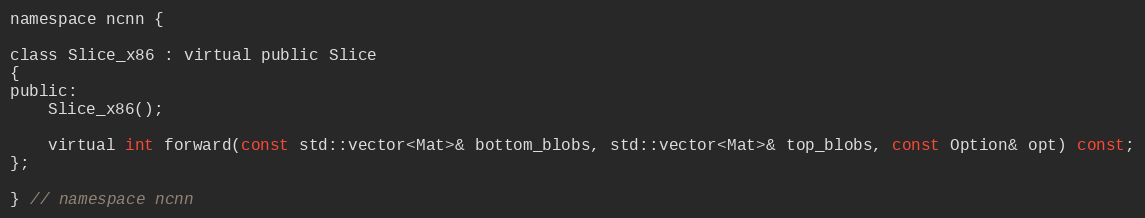
Language: C
namespace ncnn {

class Slice_x86 : virtual public Slice
{
public:
    Slice_x86();

    virtual int forward(const std::vector<Mat>& bottom_blobs, std::vector<Mat>& top_blobs, const Option& opt) const;
};

} // namespace ncnn